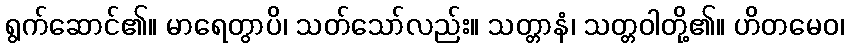
ရွက်ဆောင်၏။ မာရေတွာပိ၊ သတ်သော်လည်း။ သတ္တာနံ၊ သတ္တဝါတို့၏။ ဟိတမေဝ၊